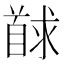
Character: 𮩢